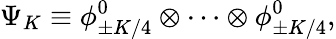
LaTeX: \Psi_{K}\equiv\phi_{\pm K/4}^{0}\otimes\cdots\otimes\phi_{\pm K/4}^{0},